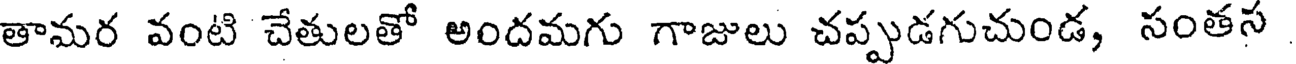
తామర వంటి చేతులతో అందమగు గాజులు చప్పుడగుచుండ, సంతస